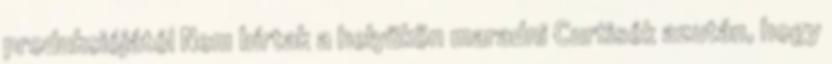
produkciójától Nem bírtak a helyükön maradni Curtisék azután, hogy